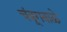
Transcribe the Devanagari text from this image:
चंबूगबाळे